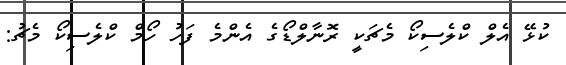
ކުޅޭ އެލް ކްލެސިކޯ މެޗަކީ ރޮނާލްޑޯގެ އެންމެ ފަހު ހޯމް ކްލެސިކޯ މެޗު: